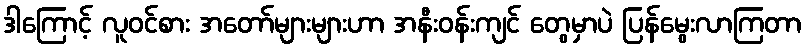
ဒါကြောင့် လူဝင်စား အတော်များများဟာ အနီးဝန်းကျင် တွေမှာပဲ ပြန်မွေးလာကြတာ